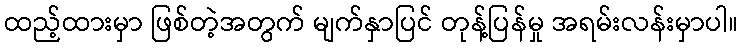
ထည့်ထားမှာ ဖြစ်တဲ့အတွက် မျက်နှာပြင် တုန့်ပြန်မှု အရမ်းလန်းမှာပါ။